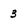
Character: 3